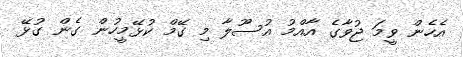
އެހެން ވީމަ ޖުވާގެ އާއްމު އުސޫލާ މި ގޭމް ކުޅޭމީހުން ގެން ގުޅޭ